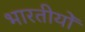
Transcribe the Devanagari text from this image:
भारतीयोँ